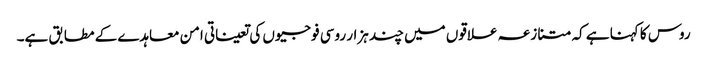
روس کا کہنا ہے کہ متنازعہ علاقوں میں چند ہزار روسی فوجیوں کی تعیناتی امن معاہدے کے مطابق ہے۔